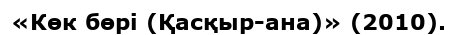
«Көк бөрі (Қасқыр-ана)» (2010).